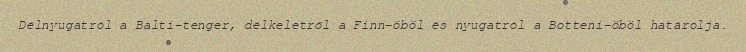
Délnyugatról a Balti-tenger, délkeletről a Finn-öböl és nyugatról a Botteni-öböl határolja.